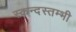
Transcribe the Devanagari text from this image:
स्कन्दस्तम्भी